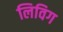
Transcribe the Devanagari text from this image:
लिविग